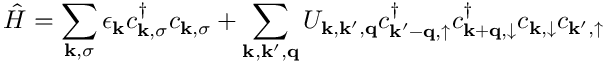
\hat { H } = \sum _ { \mathbf { k } , \sigma } \epsilon _ { \mathbf { k } } c _ { \mathbf { k } , \sigma } ^ { \dagger } c _ { \mathbf { k } , \sigma } + \sum _ { \mathbf { k } , \mathbf { k } ^ { \prime } , \mathbf { q } } U _ { \mathbf { k } , \mathbf { k } ^ { \prime } , \mathbf { q } } c _ { \mathbf { k ^ { \prime } - q } , \uparrow } ^ { \dagger } c _ { \mathbf { k + q } , \downarrow } ^ { \dagger } c _ { \mathbf { k } , \downarrow } c _ { \mathbf { k } ^ { \prime } , \uparrow }